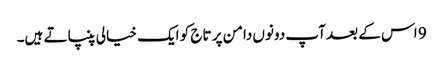
9 اس کے بعد آپ دونوں دامن پر تاج کو ایک خیالی پنپاتے ہیں۔